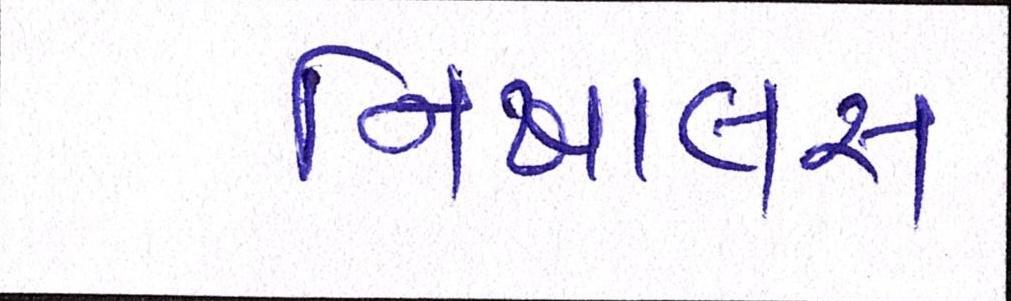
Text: નિખાલસ